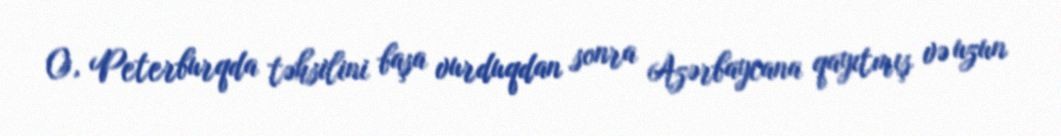
O, Peterburqda təhsilini başa vurduqdan sonra Azərbaycana qayıtmış və uzun